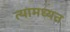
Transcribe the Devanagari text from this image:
त्यामध्यत